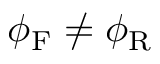
\phi _ { \mathrm { F } } \neq \phi _ { \mathrm { R } }